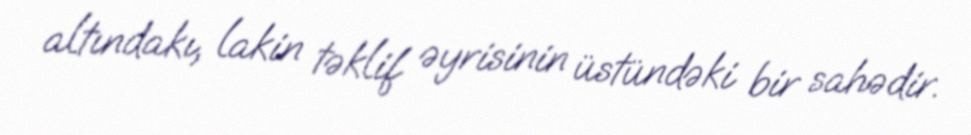
altındakı, lakin təklif əyrisinin üstündəki bir sahədir.